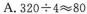
A.$$3 2 0 \div 4 ≈ 8 0$$